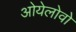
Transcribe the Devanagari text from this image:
ओयेलोवो